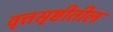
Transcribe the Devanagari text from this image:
वृत्तसृष्टीतील